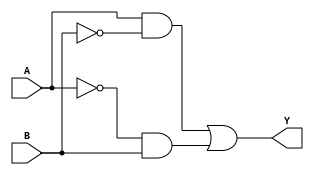
module XOR_gate (
    input A,
    input B,
    output Y
);

wire notA, notB, and1_out, and2_out;

assign notA = ~A;
assign notB = ~B;

assign and1_out = A & notB;
assign and2_out = notA & B;

assign Y = and1_out | and2_out;

endmodule